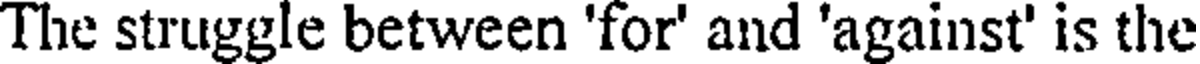
The struggle between 'for' and 'against' is the